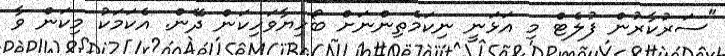
"ސަރުކާރުން ފުލެޓް މި އަޅަނީ ނިކަމެތިންނަށް ބޯހިޔާވަހިކަން ދޭން. އެކަމަކު މިކަން ވާ